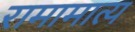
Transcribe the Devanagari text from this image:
रामामात्य